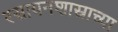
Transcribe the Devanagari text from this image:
रसायनशास्राच्या